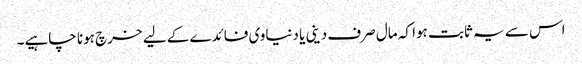
اس سے یہ ثابت ہوا کہ مال صرف دینی یا دنیاوی فائدے کے لیے خرچ ہونا چاہیے۔